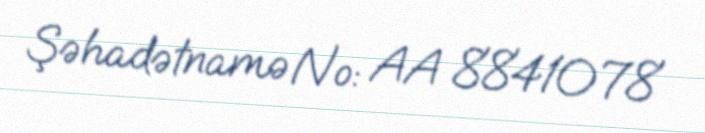
Şəhadətnamə №: AA 8841078